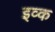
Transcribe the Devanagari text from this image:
इव्क